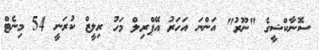
ސޮނާކްޝީގެ "ނޫރު" އަންނަ އަހަރު އޭޕްރިލް މަހު ރިލީޒް ކުރަނީ 54 މިނެޓް